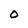
Character: O